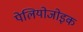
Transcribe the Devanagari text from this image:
पेलियोजोइक